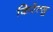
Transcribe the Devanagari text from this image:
किरेत्सु